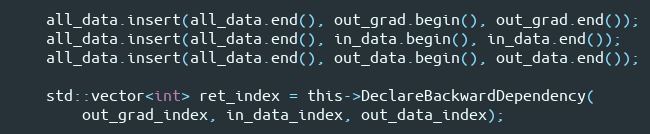
Language: C
    all_data.insert(all_data.end(), out_grad.begin(), out_grad.end());
    all_data.insert(all_data.end(), in_data.begin(), in_data.end());
    all_data.insert(all_data.end(), out_data.begin(), out_data.end());

    std::vector<int> ret_index = this->DeclareBackwardDependency(
        out_grad_index, in_data_index, out_data_index);